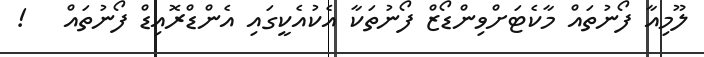
ލޫމިއާ ފޯނުތައް މާކެޓަށްވިންޑޯޒް ފޯނުތަކާ އެކުއެކީގައި އެންޑްރޮއިޑް ފޯނުތައް   !